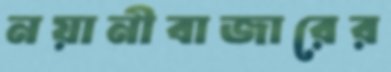
নয়ানীবাজারের